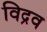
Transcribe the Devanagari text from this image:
विद्रव